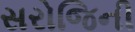
સરોજિની